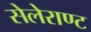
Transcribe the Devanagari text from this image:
सेलेराण्ट